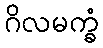
ဂိလမက္ခံ